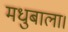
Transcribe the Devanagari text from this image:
मधुबाला।